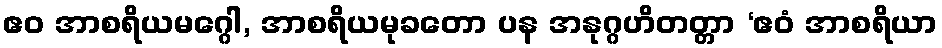
ဧဝ အာစရိယမဂ္ဂေါ, အာစရိယမုခတော ပန အနုဂ္ဂဟိတတ္တာ ‘ဧဝံ အာစရိယာ